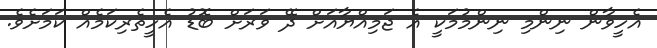
އެހީވާން ނިންމި ނިންމުމަކީ އެ ޖަމިއްޔާއަށް ދޭ ވަރަށް ބޮޑު އެހީތެރިކަމެއް ކަމަށެވެ.